Report on the bubonic plague in Bombay, 1896-1897
Year: 1896
Disease focus: Plague
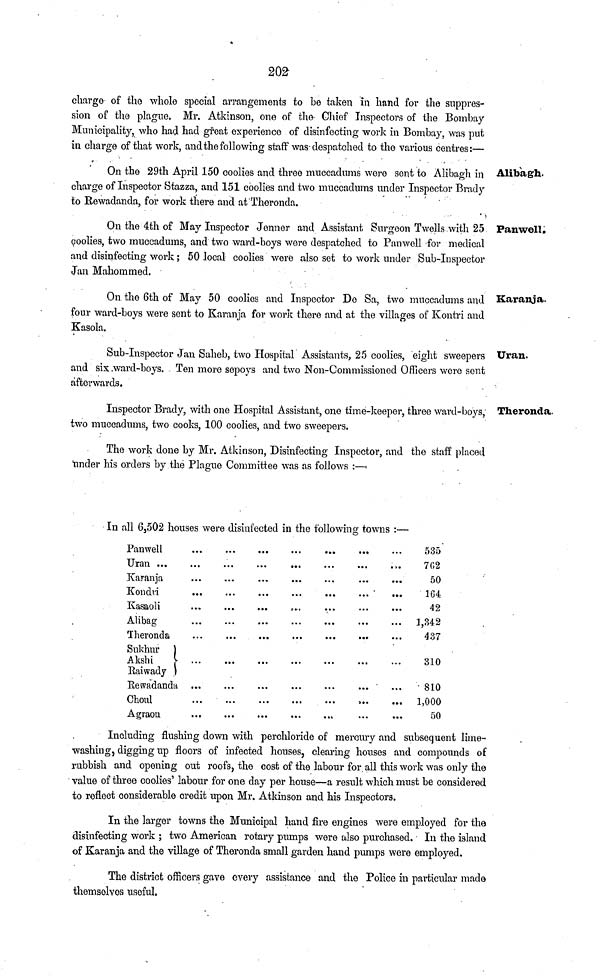
202
charge of the whole special arrangements to be taken in hand for the suppres-
sion of the plague. Mr. Atkinson, one of the Chief Inspectors of the Bombay
Municipality, who had had great experience of disinfecting work in Bombay, was put
in charge of that work, and the following staff was despatched to the various centres:—
Alibagh.
On the 29th April 150 coolies and three muccadums were sent to Alibagh in
charge of Inspector Stazza, and 151 coolies and two muccadums under Inspector Brady
to Rewadanda, for work there and at Theronda.
Panwell.
On the 4th of May Inspector Jenner and Assistant Surgeon Twells with 25
coolies, two muccadums, and two ward-boys were despatched to Panwell for medical
and disinfecting work ; 50 local coolies were also set to work under Sub-Inspector
Jan Mahommed.
Karanja.
On the 6th of May 50 coolies and Inspector De Sa, two muccadums and
four ward-boys were sent to Karanja for work there and at the villages of Kontri and
Kasola.
Uran.
Sub-Inspector Jan Saheb, two Hospital Assistants, 25 coolies, eight sweepers
and six ward-boys. Ten more sepoys and two Non-Commissioned Officers were sent
afterwards.
Theronda.
Inspector Brady, with one Hospital Assistant, one time-keeper, three ward-boys,
two muccadums, two cooks, 100 coolies, and two sweepers.
The work done by Mr. Atkinson, Disinfecting Inspector, and the staff placed
tinder his orders by the Plague Committee was as follows :—
In all 6,502 houses were disinfected in the following towns : —
Panwell
Uran ...
Karanja
Kondri
Kasaoli
Alibag
Theronda
Sukhur )
Akshi )
Raiwady )
Rewadanda
Choul
Agraon
535
762
50
164
42
1,342
437
310
810
1,000
50
Including flushing down with perchloride of mercury and subsequent lime-
washing, digging up floors of infected houses, clearing houses and compounds of
rubbish and opening out roofs, the cost of the labour for. all this work was only the
value of three coolies' labour for one day per house—a result which must be considered
to reflect considerable credit upon Mr. Atkinson and his Inspectors.
In the larger towns the Municipal hand fire engines were employed for the
disinfecting work ; two American rotary pumps were also purchased. In the island
of Karanja and the village of Theronda small garden hand pumps were employed.
The district officers gave every assistance and the Police in particular made
themselves useful.